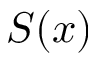
S ( x )